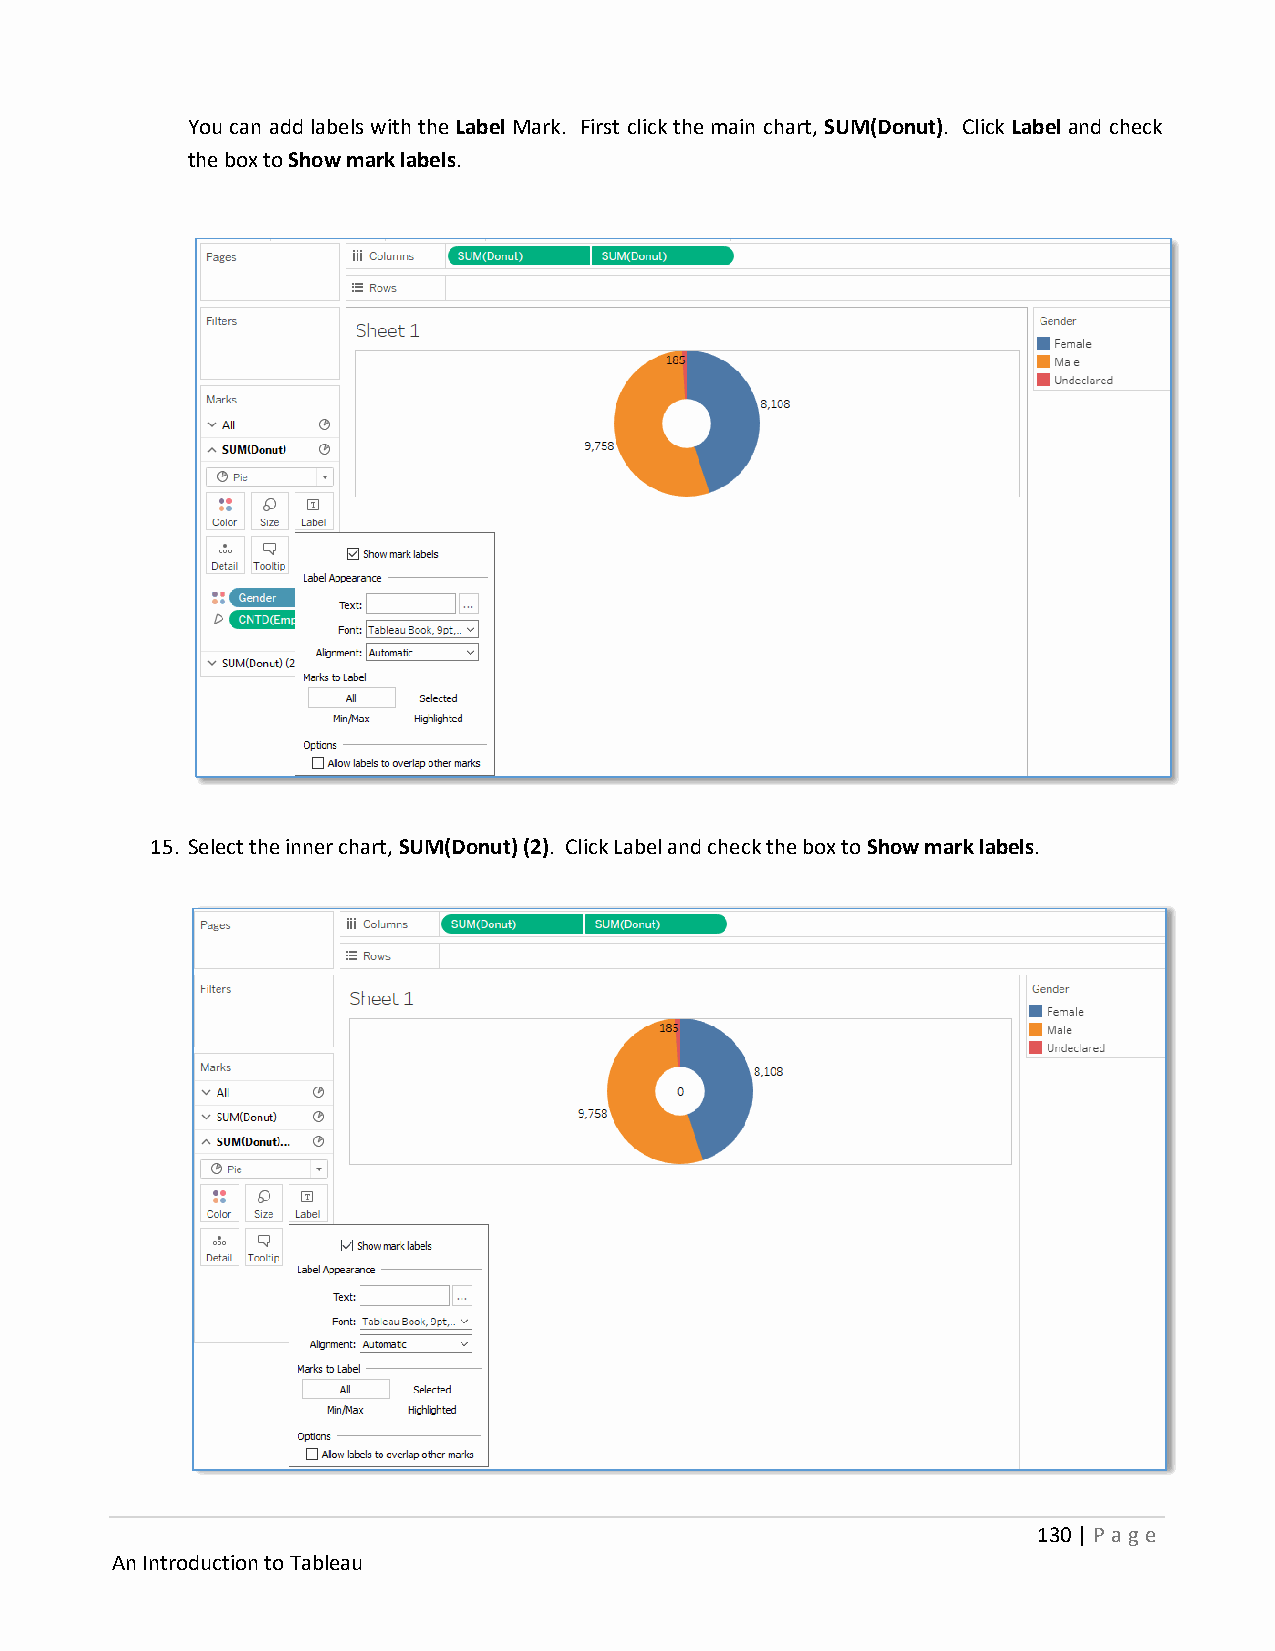
You can add labels with the Label Mark. First click the main chart, SUM(Donut). Click Label and check
 the box to Show mark labels.
 15. Select the inner chart, SUM(Donut) (2). Click Label and check the box to Show mark labels.
 130 | P age
 An Introduction to Tableau